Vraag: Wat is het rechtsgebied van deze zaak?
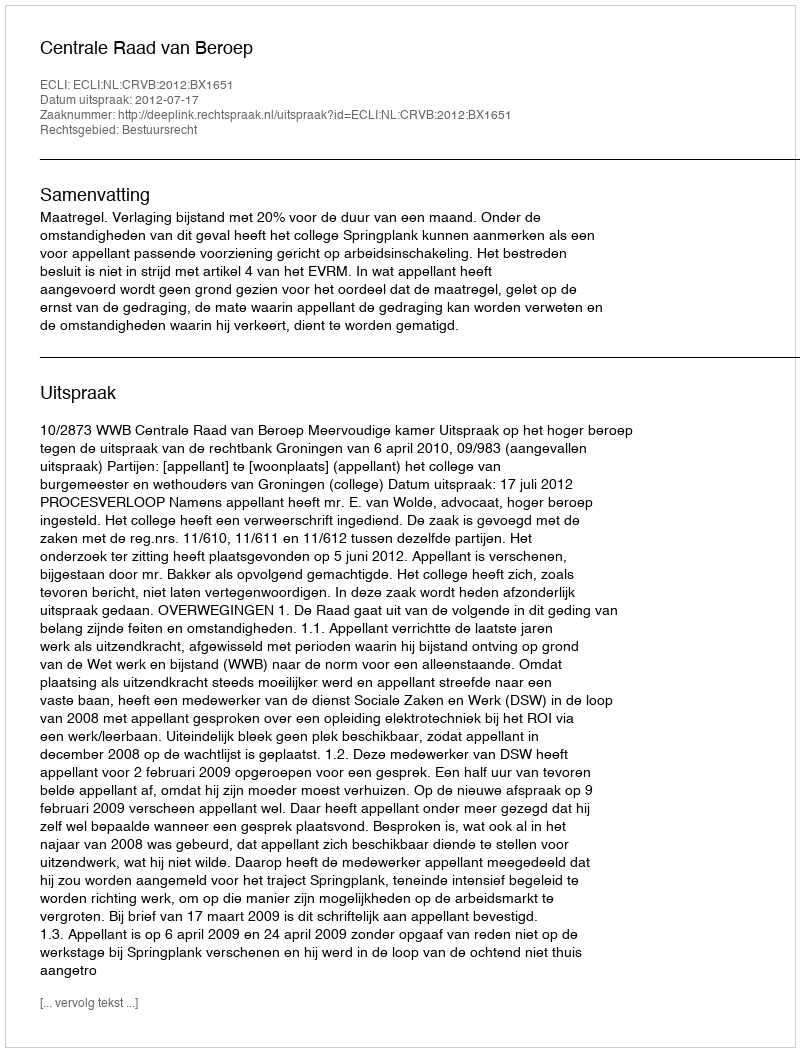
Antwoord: Bestuursrecht